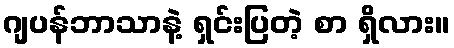
ဂျပန်ဘာသာနဲ့ ရှင်းပြတဲ့ စာ ရှိလား။